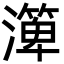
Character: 㵺